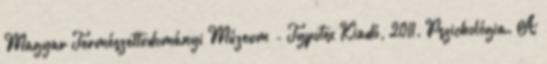
Magyar Természettudományi Múzeum - Typotex Kiadó, 2011. Pszichológia. A